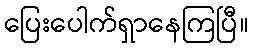
ပြေးပေါက်ရှာနေကြပြီ။